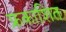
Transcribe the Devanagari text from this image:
फ्रकाशित